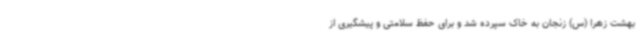
بهشت زهرا (س) زنجان به خاک سپرده شد و برای حفظ سلامتی و پیشگیری از